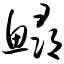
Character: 鲟